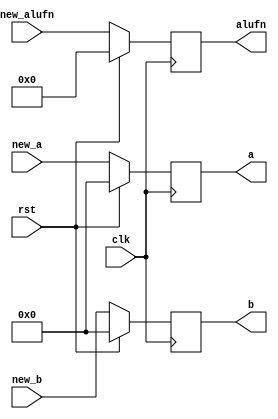
module error_checker_14 (
    input [15:0] new_a,
    input [15:0] new_b,
    input [5:0] new_alufn,
    input clk,
    input rst,
    output reg [5:0] alufn,
    output reg [15:0] a,
    output reg [15:0] b
  );
  
  
  
  reg [5:0] M_stored_alufn_d, M_stored_alufn_q = 1'h0;
  reg [15:0] M_stored_a_d, M_stored_a_q = 1'h0;
  reg [15:0] M_stored_b_d, M_stored_b_q = 1'h0;
  
  always @* begin
    M_stored_a_d = M_stored_a_q;
    M_stored_alufn_d = M_stored_alufn_q;
    M_stored_b_d = M_stored_b_q;
    
    M_stored_a_d = new_a;
    M_stored_b_d = new_b;
    M_stored_alufn_d = new_alufn;
    a = M_stored_a_q;
    b = M_stored_b_q;
    alufn = M_stored_alufn_q;
  end
  
  always @(posedge clk) begin
    if (rst == 1'b1) begin
      M_stored_alufn_q <= 1'h0;
      M_stored_a_q <= 1'h0;
      M_stored_b_q <= 1'h0;
    end else begin
      M_stored_alufn_q <= M_stored_alufn_d;
      M_stored_a_q <= M_stored_a_d;
      M_stored_b_q <= M_stored_b_d;
    end
  end
  
endmodule